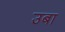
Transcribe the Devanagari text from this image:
उबा